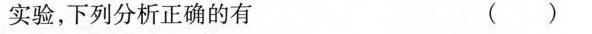
实验，下列分析正确的有 ()